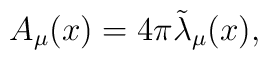
A_\mu(x) = 4 \pi {\tilde \lambda}_\mu(x),